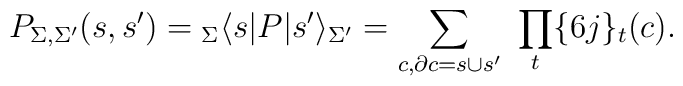
P_{\Sigma,\Sigma'}(s,s') = {}_{\Sigma}\langle 	s|P|s'\rangle_{\Sigma'} = \sum_{c, \partial c = s\cup 	s'} \ \prod_{t} \{6j\}_{t}(c).